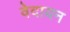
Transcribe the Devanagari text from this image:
वेदायन